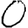
Digit: 0